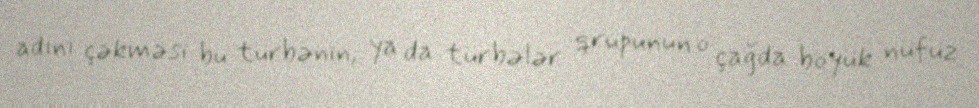
adını çəkməsi bu türbənin, ya da türbələr qrupunun o çağda böyük nüfuz